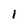
Character: l